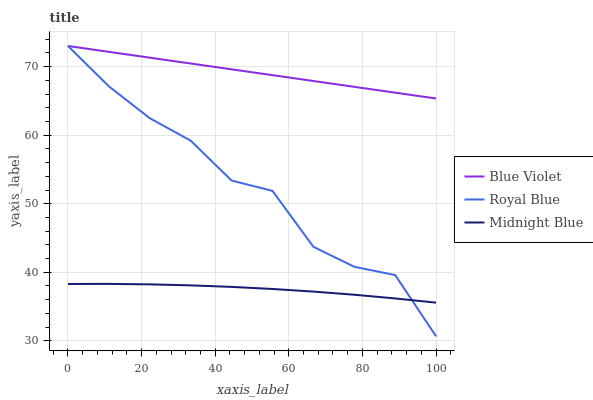
| xaxis_label | Blue Violet | Royal Blue | Midnight Blue |
 | --- | --- | --- | --- |
 | 0 | 73 | 73 | 38.3 |
 | 11.1 | 72.1 | 67.1 | 38.3 |
 | 22.2 | 71.3 | 62.5 | 38.2 |
 | 33.3 | 70.4 | 59.2 | 38.1 |
 | 44.4 | 69.6 | 53.4 | 37.9 |
 | 55.6 | 68.7 | 51.9 | 37.6 |
 | 66.7 | 67.9 | 43.7 | 37.2 |
 | 77.8 | 67 | 40.8 | 36.7 |
 | 88.9 | 66.2 | 39.6 | 36.2 |
 | 100 | 65.3 | 30.7 | 35.6 |